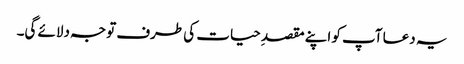
یہ دعا آپ کو اپنے مقصدِ حیات کی طرف توجہ دلائے گی۔